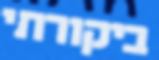
ביקורתי